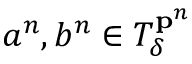
a ^ { n } , b ^ { n } \in T _ { \delta } ^ { \mathbf { p } ^ { n } }